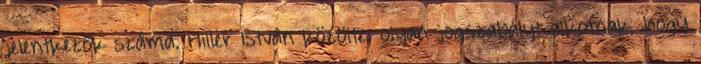
jelentkezők száma. Hiller István közölte: olyan jogszabályt alkotnak, hogy